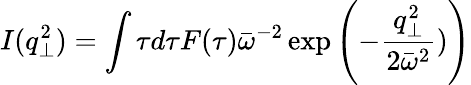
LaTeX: I(q_{\perp}^{2})=\int\tau d\tau F(\tau)\bar{\omega}^{-2}\exp\left(-\frac{q_{\perp}^{2}}{2\bar{\omega}^{2}})\right)